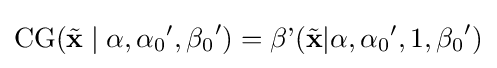
\operatorname {CG} ({\tilde {\mathbf {x} }}\mid \alpha ,{\alpha _{0}}',{\beta _{0}}')=\operatorname {\beta '} ({\tilde {\mathbf {x} }}|\alpha ,{\alpha _{0}}',1,{\beta _{0}}')